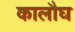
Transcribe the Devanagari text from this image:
कालौघ